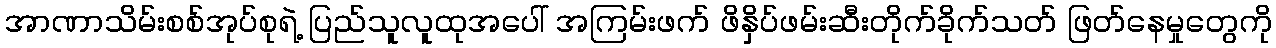
အာဏာသိမ်းစစ်အုပ်စုရဲ့ ပြည်သူလူထုအပေါ် အကြမ်းဖက် ဖိနှိပ်ဖမ်းဆီးတိုက်ခိုက်သတ် ဖြတ်နေမှုတွေကို